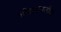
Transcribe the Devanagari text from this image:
ओढय़ानजीक